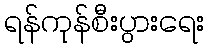
ရန်ကုန်စီးပွားရေး